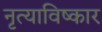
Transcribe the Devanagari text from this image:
नृत्याविष्कार